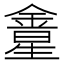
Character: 𨩛